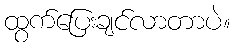
ထွက်ပြေးချင်လာတာပဲ။